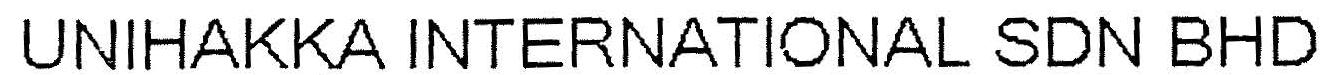
UNIHAKKA INTERNATIONAL SDN BHD